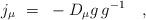
LaTeX: \begin{align*}j_\mu~=~\mbox{} - D_\mu g \, g^{-1}~~~, \end{align*}